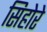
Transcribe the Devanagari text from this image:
सिहोरे